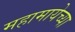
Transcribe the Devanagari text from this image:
महामायेच्या